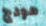
هودج